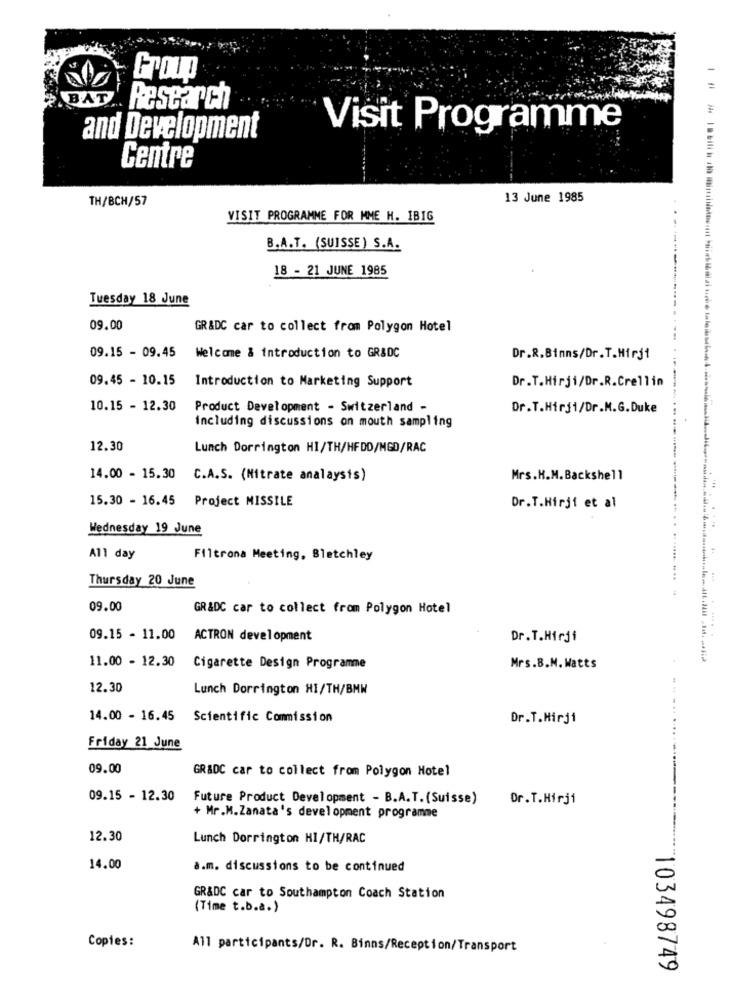
Group
BAT
Research
Visit Programme
and Development
Centre
TH/BCH/57
13 June 1985
VISIT PROGRAMME FOR MME H. IBIG
B.A.T. (SUISSE) S.A.
18 - 21 JUNE 1985
Tuesday 18 June
09.00
GR&DC car to collect from Polygon Hotel
09.15 - 09.45
Welcome & introduction to GR&DC
Dr.R.Binns/Dr.T.Hirj1
09.45 - 10.15
Introduction to Marketing Support
Dr.T.Hirji/Dr.R.Crellin
10.15 - 12.30
Product Development - Switzerland -
Dr.T.Hirji/Dr.M.G.Duke
including discussions on mouth sampling
12.30
Lunch Dorrington HI/TH/HFDD/MGD/RAC
14.00 - 15.30
C.A.S. (Nitrate analaysis)
Mrs.H.M.Backshell
15.30 - 16.45 Project MISSILE
Dr.T.Hirji et al
Wednesday 19 June
All day
Filtrona Meeting, Bletchley
Thursday 20 June
09.00
GR&DC car to collect from Polygon Hotel
09.15 - 11.00
ACTRON development
Dr.T.Hirji
11.00 - 12.30
Cigarette Design Programme
Mrs.B.N. Watts
12.30
Lunch Dorrington HI/TH/BMW
14.00 - 16.45
Scientific Commission
Dr.T.Mirji
Friday 21 June
09.00
GR&DC car to collect from Polygon Hotel
09.15 - 12.30
Future Product Development - B.A.T. (Suisse)
Dr.T.Hirji
+ Mr.M.Zanata's development programme
12.30
Lunch Dorrington HI/TH/RAC
14.00
a.m. discussions to be continued
GR&DC car to Southampton Coach Station
(Time t.b.a.)
Copies:
All participants/Dr. R. Binns/Reception/Transport
103498749